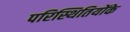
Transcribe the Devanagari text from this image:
परिस्थितियोंके